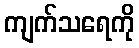
ကျက်သရေကို